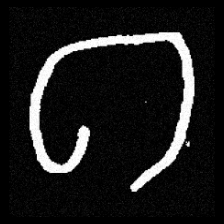
Pyu character \u2014 Myanmar letter: ဂ (romanized: ga)